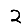
Digit: 2